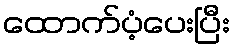
ထောက်ပံ့ပေးပြီး